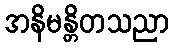
အနိမန္တိတသညာ